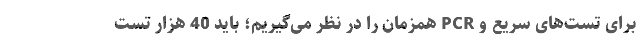
برای تست‌های سریع و PCR همزمان را در نظر می‌گیریم‌؛ باید 40 هزار تست